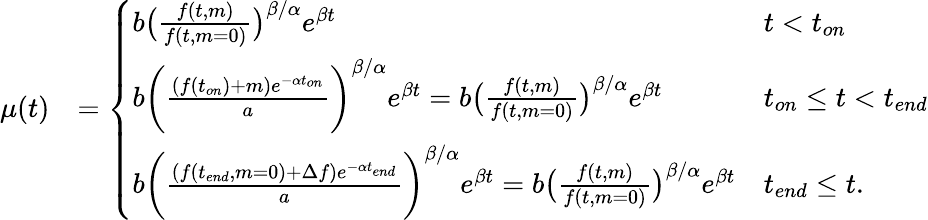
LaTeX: \begin{array}{rl}{\mu(t)}&{=\left\{ \begin{array}{ll}{b\big(\frac{f(t,m)}{f(t,m=0)}\big)^{\beta/\alpha}e^{\beta t}}&{t<t_{on}}\\ {b\bigg(\frac{(f(t_{on})+m)e^{-\alpha t_{on}}}{a}\bigg)^{\beta/\alpha}e^{\beta t}=b\big(\frac{f(t,m)}{f(t,m=0)}\big)^{\beta/\alpha}e^{\beta t}}&{t_{on}\leq t<t_{end}}\\ {b\bigg(\frac{(f(t_{end},m=0)+\Delta f)e^{-\alpha t_{end}}}{a}\bigg)^{\beta/\alpha}e^{\beta t}=b\big(\frac{f(t,m)}{f(t,m=0)}\big)^{\beta/\alpha}e^{\beta t}}&{t_{end}\leq t.}\end{array}\right.}\end{array}